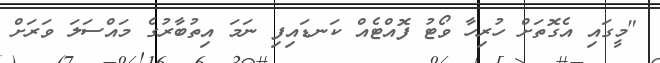
"މީގައި އެގޮތަށް ހުރިހާ ވޯޓު ފޮއްޓެއް ކަނޑައިފި ނަމަ އިތުބާރުގެ މައްސަލަ ވަރަށް